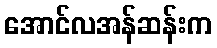
အောင်လအန်ဆန်းက